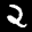
Label: 2